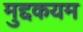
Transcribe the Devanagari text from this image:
मुद्दकयम